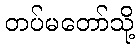
တပ်မတော်သို့